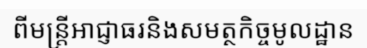
ពីមន្ត្រីអាជ្ញាធរនិងសមត្ថកិច្ចមូលដ្ឋាន